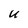
Character: U